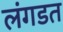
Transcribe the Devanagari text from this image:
लंगडत